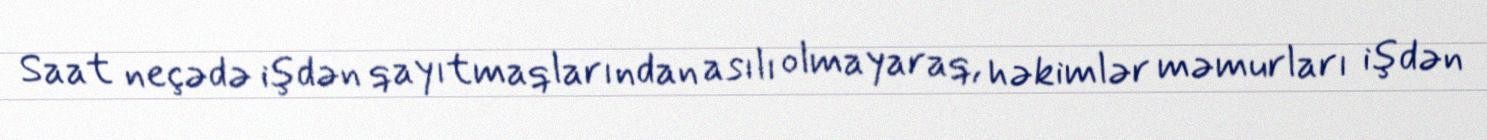
Saat neçədə işdən qayıtmaqlarından asılı olmayaraq, həkimlər məmurları işdən